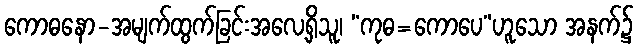
ကောဓနော-အမျက်ထွက်ခြင်းအလေ့ရှိသူ၊ “ကုဓ=ကောပေ”ဟူသော အနက်၌